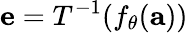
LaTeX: \mathbf{e}=T^{-1}(f_{\theta}(\mathbf{a}))